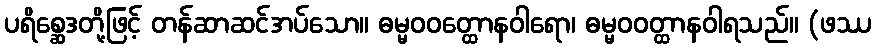
ပရိစ္ဆေဒတို့ဖြင့် တန်ဆာဆင်အပ်သော။ ဓမ္မဝဝတ္ထောနဝါရော၊ ဓမ္မဝဝတ္ထာနဝါရသည်။ (ဖဿ